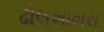
ઢોલખાખરા